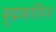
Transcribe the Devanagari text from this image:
बुद्धकालिन